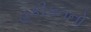
હકીકતનો